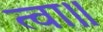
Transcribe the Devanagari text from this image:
त्वा॥